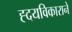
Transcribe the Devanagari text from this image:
ह्दयविकाराने